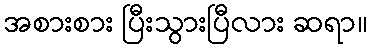
အစားစား ပြီးသွားပြီလား ဆရာ။